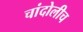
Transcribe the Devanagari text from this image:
चांदोलीच